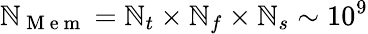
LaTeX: \mathbb{N}_{\mathrm{{~M~e~m~}}}=\mathbb{N}_{t}\times\mathbb{N}_{f}\times\mathbb{N}_{s}\sim10^{9}